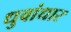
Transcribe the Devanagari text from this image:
धुवांधार